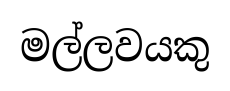
මල්ලවයකු